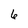
Character: 6